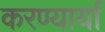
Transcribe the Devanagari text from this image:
करण्यार्या